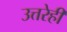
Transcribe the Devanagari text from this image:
उत्तरेही